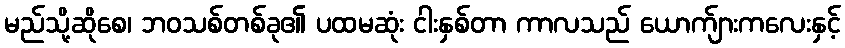
မည်သို့ဆိုစေ၊ ဘဝသစ်တစ်ခု၏ ပထမဆုံး ငါးနှစ်တာ ကာလသည် ယောက်ျားကလေးနှင့်